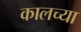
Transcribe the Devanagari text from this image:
कालच्या